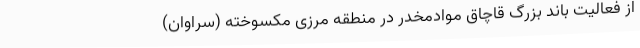
از فعالیت باند بزرگ قاچاق موادمخدر در منطقه مرزی مکسوخته (سراوان)